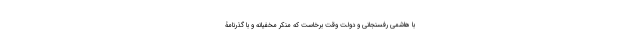
با هاشمی رفسنجانی و دولت وقت برخاست که منکر مخفیانه و با گذرنامۀ